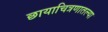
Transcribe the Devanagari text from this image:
छायाचित्रणातल्या